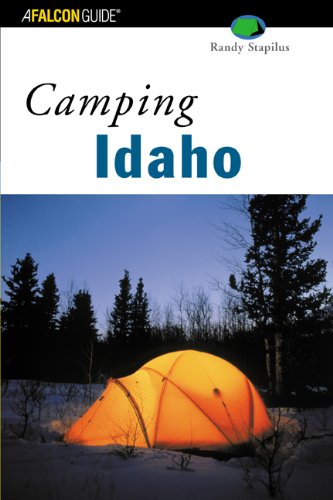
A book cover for Camping Idaho (Regional Camping Series); Randy Stapilus; Travel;